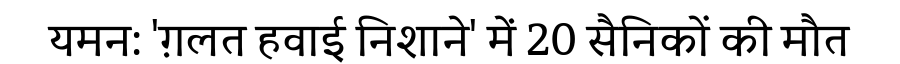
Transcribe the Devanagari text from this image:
यमन: 'ग़लत हवाई निशाने' में 20 सैनिकों की मौत